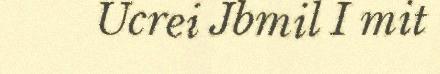
Ucrei Jbmil I mit